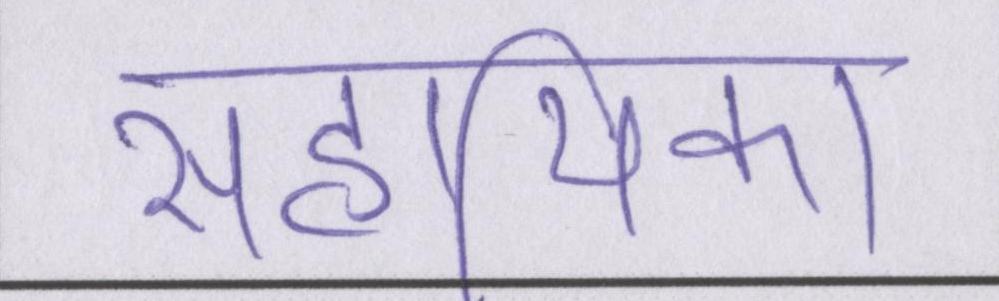
सहायिका